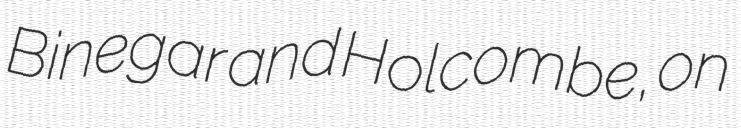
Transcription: Binegar and Holcombe, on